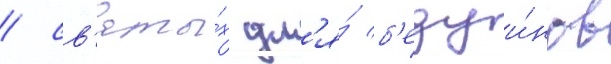
/ св'яты́х дл'я́ б'едуи́нов